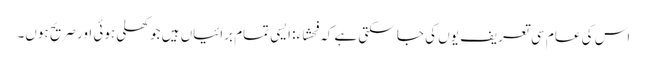
اس کی عام سی تعریف یوں کی جا سکتی ہے کہ فحشاء: ایسی تمام برائیاں ہیں جو کھلی ہوئی اور صریح ہوں۔